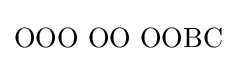
\mathrm {OOO\,\,OO\,\,OOBC}